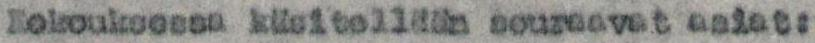
Kokouksessa käsitellään seuraavat asiat: